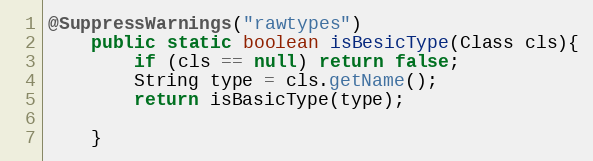
Language: Java
@SuppressWarnings("rawtypes")
	public static boolean isBesicType(Class cls){
		if (cls == null) return false;
		String type = cls.getName();
		return isBasicType(type);

	}